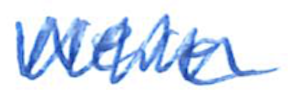
Text: were
Cross-out: zig-zag
Writing tool: ballpoint